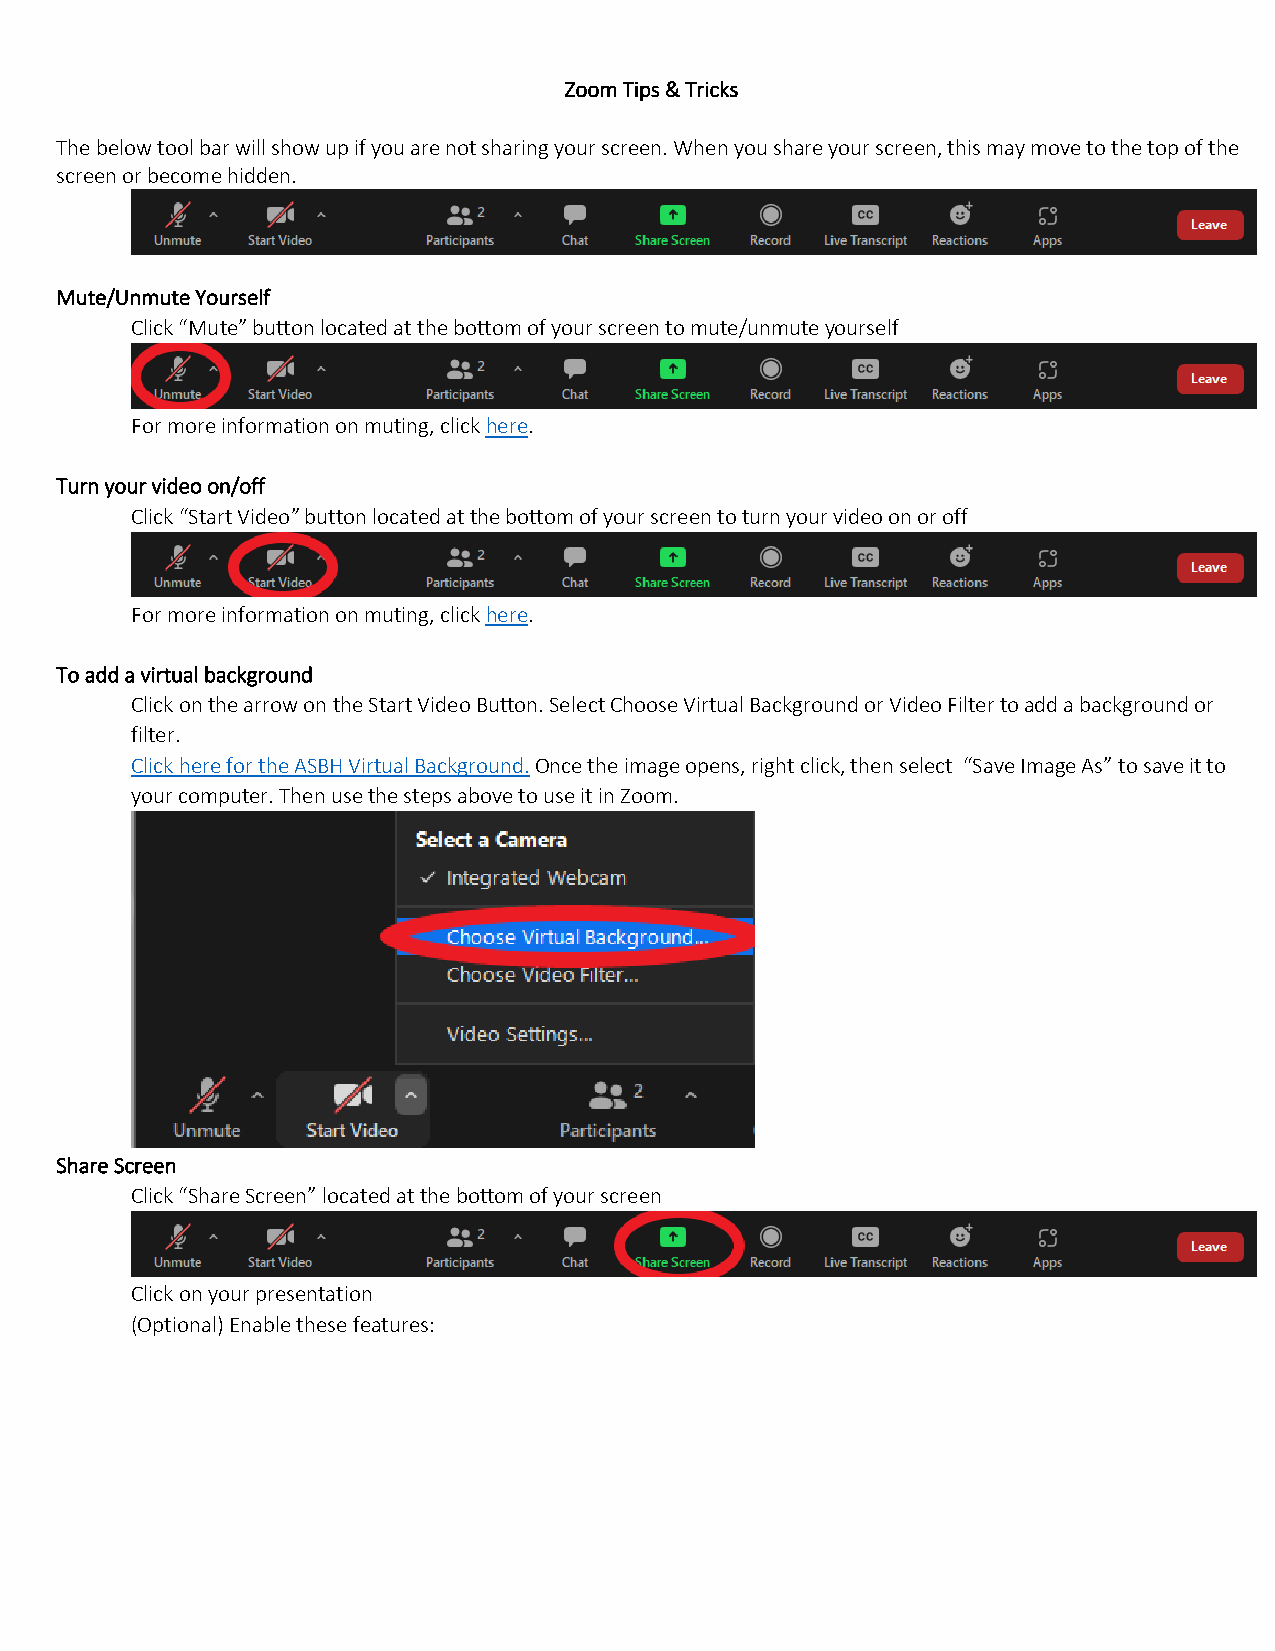
Zoom Tips & Tricks
 The below tool bar will show up if you are not sharing your screen. When you share your screen, this may move to the top of the
 screen or become hidden.
 Mute/Unmute Yourself
 Click “Mute” button located at the bottom of your screen to mute/unmute yourself
 For more information on muting, click here.
 Turn your video on/off
 Click “Start Video” button located at the bottom of your screen to turn your video on or off
 For more information on muting, click here.
 To add a virtual background
 Click on the arrow on the Start Video Button. Select Choose Virtual Background or Video Filter to add a background or
 filter.
 Click here for the ASBH Virtual Background. Once the image opens, right click, then select “Save Image As” to save it to
 your computer. Then use the steps above to use it in Zoom.
 Share Screen
 Click “Share Screen” located at the bottom of your screen
 Click on your presentation
 (Optional) Enable these features: